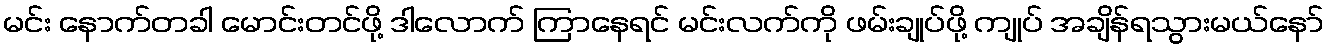
မင်း နောက်တခါ မောင်းတင်ဖို့ ဒါလောက် ကြာနေရင် မင်းလက်ကို ဖမ်းချုပ်ဖို့ ကျုပ် အချိန်ရသွားမယ်နော်